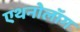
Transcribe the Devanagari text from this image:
एथनोलॉग